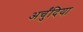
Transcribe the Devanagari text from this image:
अर्चुंदिया